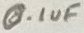
Text: 0.1uF